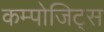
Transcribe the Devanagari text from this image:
कम्पोजिट्स